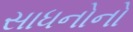
સાધનોનો